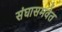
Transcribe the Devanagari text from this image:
संघासमवेत